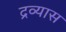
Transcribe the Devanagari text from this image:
द्रव्यास